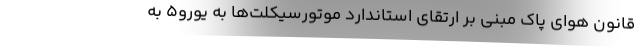
قانون هوای پاک مبنی بر ارتقای استاندارد موتورسیکلت‌ها به یورو۵ به